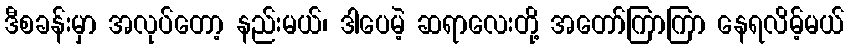
ဒီစခန်းမှာ အလုပ်တော့ နည်းမယ်၊ ဒါပေမဲ့ ဆရာလေးတို့ အတော်ကြာကြာ နေရလိမ့်မယ်